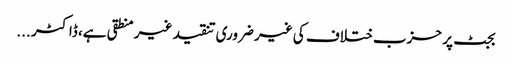
بجٹ پر حزب ختلاف کی غیر ضروری تنقید غیر منطقی ہے، ڈاکٹر ...